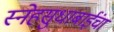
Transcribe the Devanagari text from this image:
स्नेहसुधाबाईंचा